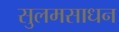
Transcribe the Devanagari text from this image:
सुलमसाधन